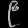
Digit: ၉